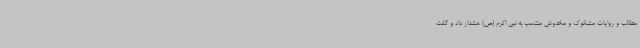
مطالب و روایات مشکوک و مخدوش منتسب به نبی اکرم (ص) هشدار داد و گفت